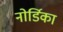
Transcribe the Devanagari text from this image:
नोर्डिका